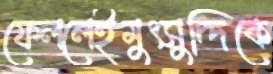
ফেললেইমুৎসুদ্দিকে